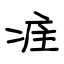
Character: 疰